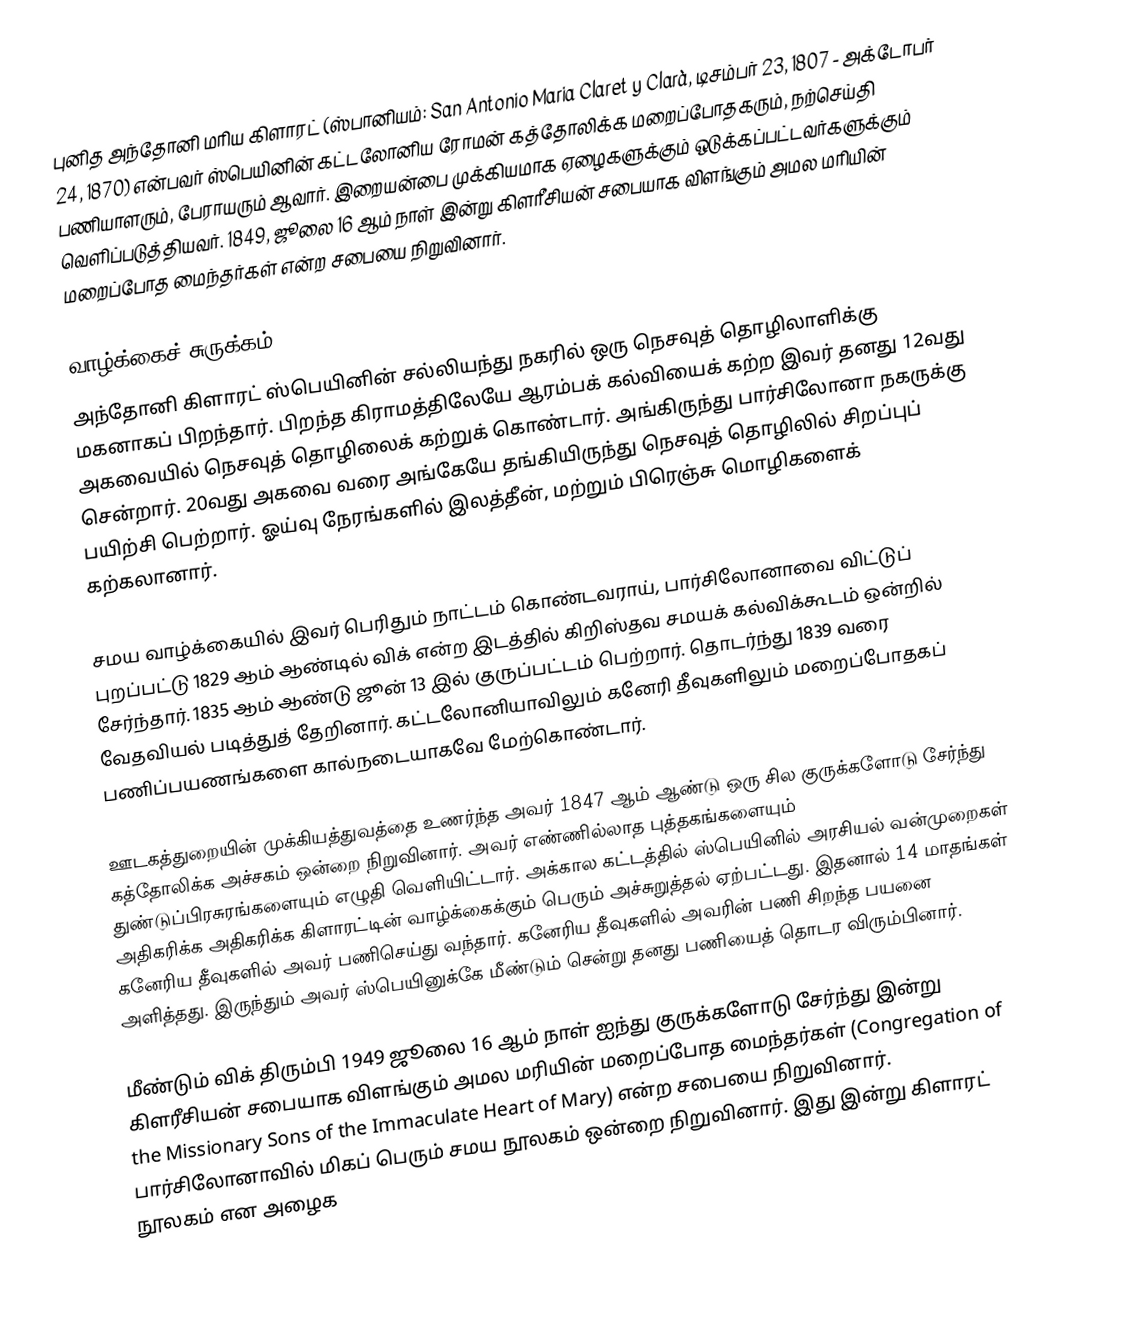
புனித அந்தோனி மரிய கிளாரட் (ஸ்பானியம்: San Antonio Maria Claret y Clarà, டிசம்பர் 23, 1807 - அக்டோபர் 24, 1870) என்பவர் ஸ்பெயினின் கட்டலோனிய ரோமன் கத்தோலிக்க மறைப்போதகரும், நற்செய்தி பணியாளரும், பேராயரும் ஆவார். இறையன்பை முக்கியமாக ஏழைகளுக்கும் ஒடுக்கப்பட்டவர்களுக்கும் வெளிப்படுத்தியவர். 1849, ஜூலை 16 ஆம் நாள் இன்று கிளரீசியன் சபையாக விளங்கும் அமல மரியின் மறைப்போத மைந்தர்கள் என்ற சபையை நிறுவினார்.

வாழ்க்கைச் சுருக்கம்
அந்தோனி கிளாரட் ஸ்பெயினின் சல்லியந்து நகரில் ஒரு நெசவுத் தொழிலாளிக்கு மகனாகப் பிறந்தார். பிறந்த கிராமத்திலேயே ஆரம்பக் கல்வியைக் கற்ற இவர் தனது 12வது அகவையில் நெசவுத் தொழிலைக் கற்றுக் கொண்டார். அங்கிருந்து பார்சிலோனா நகருக்கு சென்றார். 20வது அகவை வரை அங்கேயே தங்கியிருந்து நெசவுத் தொழிலில் சிறப்புப் பயிற்சி பெற்றார். ஓய்வு நேரங்களில் இலத்தீன், மற்றும் பிரெஞ்சு மொழிகளைக் கற்கலானார்.

சமய வாழ்க்கையில் இவர் பெரிதும் நாட்டம் கொண்டவராய், பார்சிலோனாவை விட்டுப் புறப்பட்டு  1829 ஆம் ஆண்டில் விக் என்ற இடத்தில் கிறிஸ்தவ சமயக் கல்விக்கூடம் ஒன்றில் சேர்ந்தார். 1835 ஆம் ஆண்டு ஜூன் 13 இல் குருப்பட்டம் பெற்றார். தொடர்ந்து 1839 வரை வேதவியல் படித்துத் தேறினார். கட்டலோனியாவிலும் கனேரி தீவுகளிலும் மறைப்போதகப் பணிப்பயணங்களை கால்நடையாகவே மேற்கொண்டார்.

ஊடகத்துறையின் முக்கியத்துவத்தை உணர்ந்த அவர் 1847 ஆம் ஆண்டு ஒரு சில குருக்களோடு சேர்ந்து கத்தோலிக்க அச்சகம் ஒன்றை நிறுவினார். அவர் எண்ணில்லாத புத்தகங்களையும் துண்டுப்பிரசுரங்களையும் எழுதி வெளியிட்டார். அக்கால கட்டத்தில் ஸ்பெயினில் அரசியல் வன்முறைகள் அதிகரிக்க அதிகரிக்க கிளாரட்டின் வாழ்க்கைக்கும் பெரும் அச்சுறுத்தல் ஏற்பட்டது. இதனால் 14 மாதங்கள் கனேரிய தீவுகளில் அவர் பணிசெய்து வந்தார். கனேரிய தீவுகளில் அவரின் பணி சிறந்த பயனை அளித்தது. இருந்தும் அவர் ஸ்பெயினுக்கே மீண்டும் சென்று தனது பணியைத் தொடர விரும்பினார்.

மீண்டும் விக் திரும்பி 1949 ஜூலை 16 ஆம் நாள் ஐந்து குருக்களோடு சேர்ந்து இன்று கிளரீசியன் சபையாக விளங்கும் அமல மரியின் மறைப்போத மைந்தர்கள் (Congregation of the Missionary Sons of the Immaculate Heart of Mary) என்ற சபையை நிறுவினார். பார்சிலோனாவில் மிகப் பெரும் சமய நூலகம் ஒன்றை நிறுவினார். இது இன்று கிளாரட் நூலகம் என அழைக